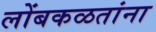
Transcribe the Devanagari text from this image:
लोंबकळतांना